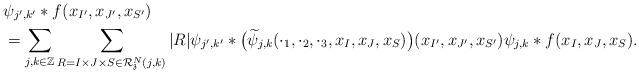
LaTeX: \begin{align*}&\psi _{j',k'} * f(x_{I'},x_{J'},x_{S'})\\&= \sum \limits_{j,k\in\mathbb Z} \sum_{ R=I\times J\times S\in \mathcal R^N_{\frak z}(j,k) } |R| \psi _{j',k'} * \big(\widetilde \psi _{j,k}(\cdot_1, \cdot_2, \cdot_3,x_{I},x_{J},x_{S})\big) (x_{I'},x_{J'},x_{S'})\psi _{j,k}*f(x_I,x_J,x_S). \end{align*}